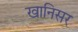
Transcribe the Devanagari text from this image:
खानिसर